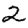
Digit: 2